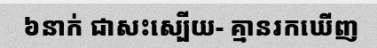
៦នាក់ ជាសះស្បើយ- គ្មានរកឃើញ